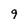
Character: 9